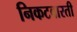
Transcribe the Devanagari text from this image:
निकटवारती